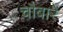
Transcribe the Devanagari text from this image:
चौबारे